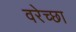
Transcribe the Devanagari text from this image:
वरेच्छा